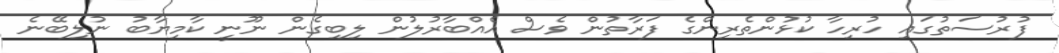
ފުރުސަތުގައި ހުރިހާ ކުޅުންތެރިންގެ ފަރާތުން ވެސް އެއްބާރުލުން ލިބިގެން ނޫނީ ކާމިޔާބު ނުލިބޭނެ